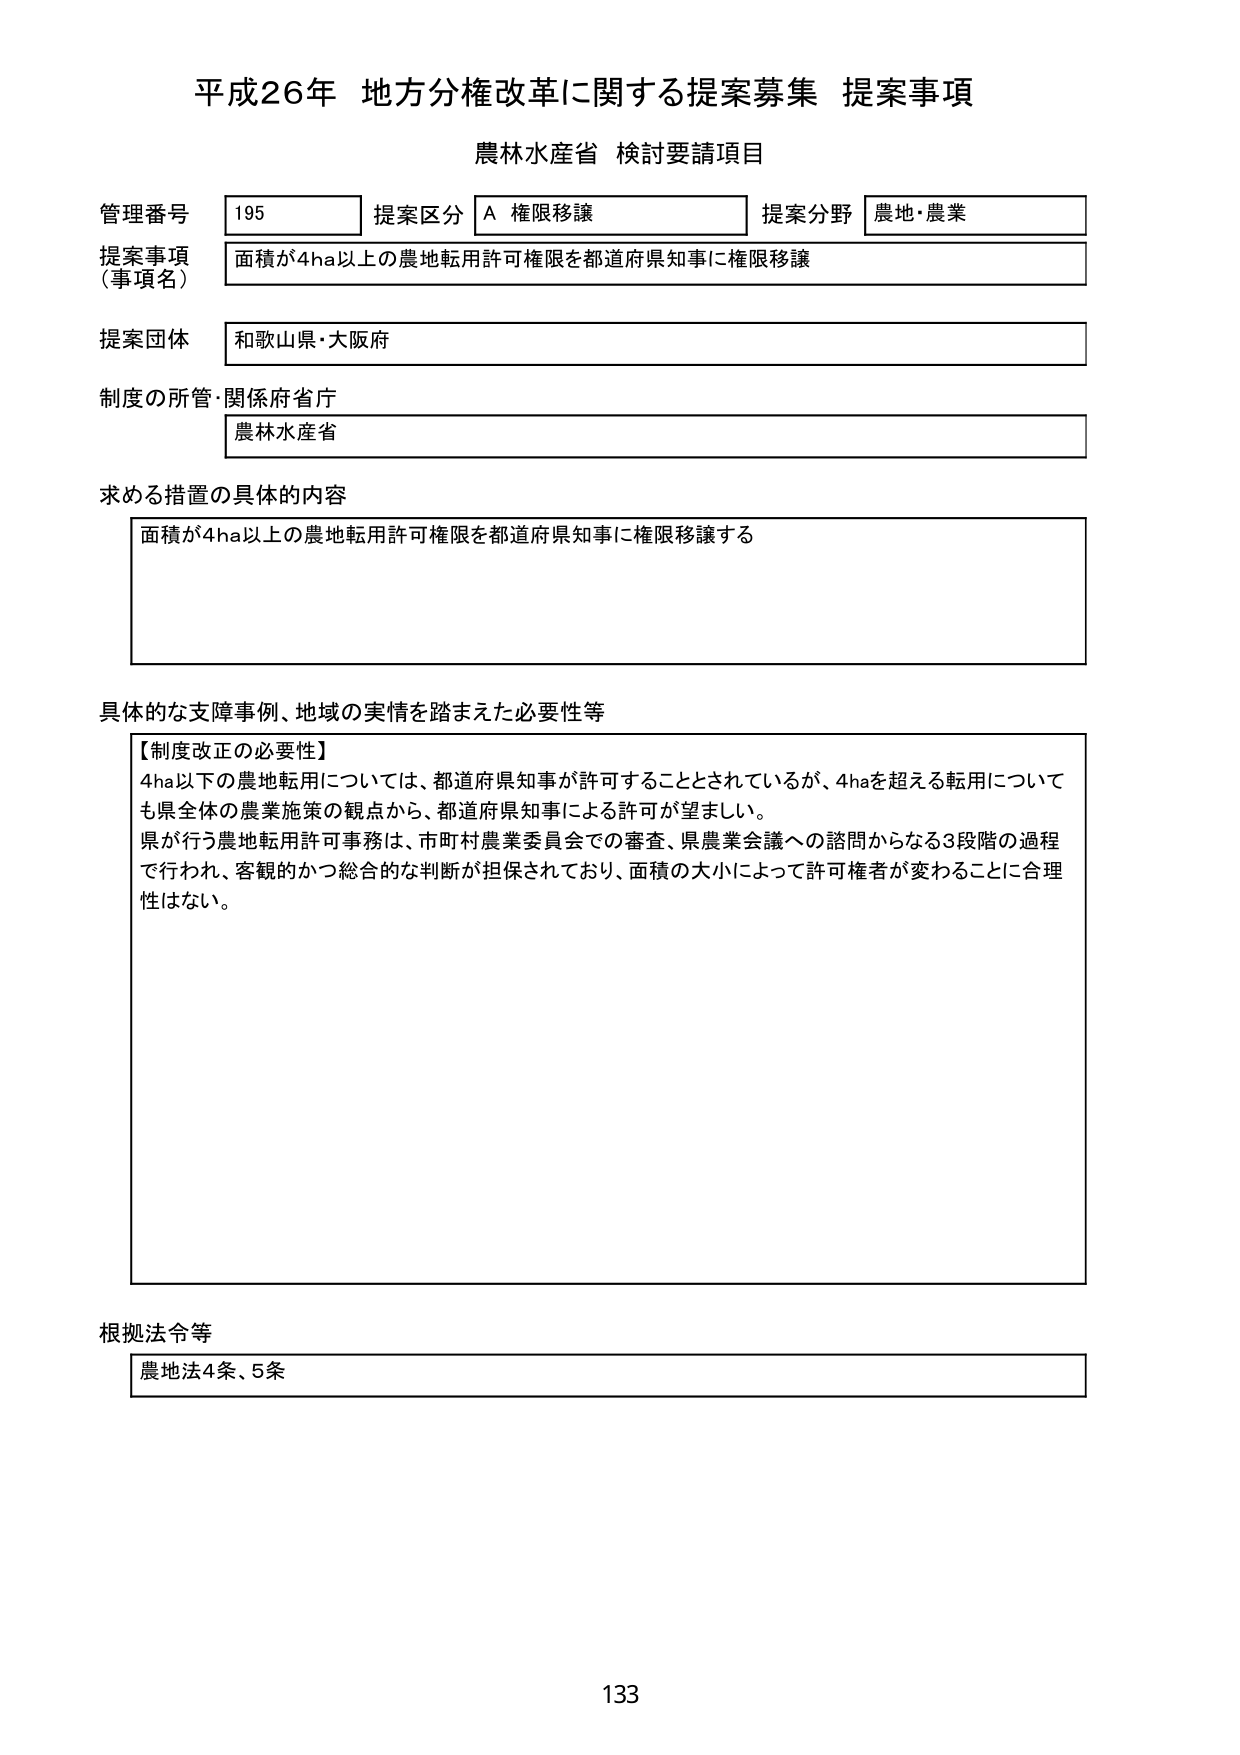
平成26年 地方分権改革に関する提案募集 提案事項
農林水産省 検討要請項目

管理番号 195 提案区分 A 権限移譲 提案分野 農地・農業
提案事項（事項名） 面積が4ha以上の農地転用許可権限を都道府県知事に権限移譲
提案団体 和歌山県・大阪府
制度の所管・関係府省庁 農林水産省

求める措置の具体的内容
面積が4ha以上の農地転用許可権限を都道府県知事に権限移譲する

具体的な支障事例、地域の実情を踏まえた必要性等
【制度改正の必要性】
4ha以下の農地転用については、都道府県知事が許可することとされているが、4haを超える転用についても県全体の農業施策の観点から、都道府県知事による許可が望ましい。
県が行う農地転用許可事務は、市町村農業委員会での審査、県農業会議への諮問からなる3段階の過程で行われ、客観的かつ総合的な判断が担保されており、面積の大小によって許可権者が変わることに合理性はない。

根拠法令等
農地法4条、5条

133